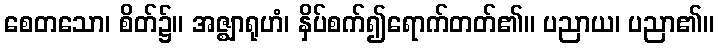
စေတသော၊ စိတ်၌။ အဇ္ဈာရုဟံ၊ နှိပ်စက်၍ရောက်တတ်၏။ ပညာယ၊ ပညာ၏။